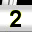
Digit: 2